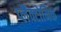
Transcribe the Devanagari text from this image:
प्लैंक्टोनिक